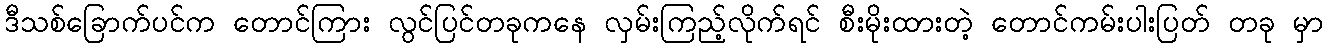
ဒီသစ်ခြောက်ပင်က တောင်ကြား လွင်ပြင်တခုကနေ လှမ်းကြည့်လိုက်ရင် စီးမိုးထားတဲ့ တောင်ကမ်းပါးပြတ် တခု မှာ